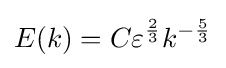
E(k)=C\varepsilon ^{\frac {2}{3}}k^{-{\frac {5}{3}}}